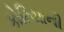
કોરિયાની